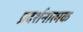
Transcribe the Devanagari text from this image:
प्रदर्शनात्‍मक